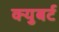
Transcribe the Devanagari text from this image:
क्युबर्ट